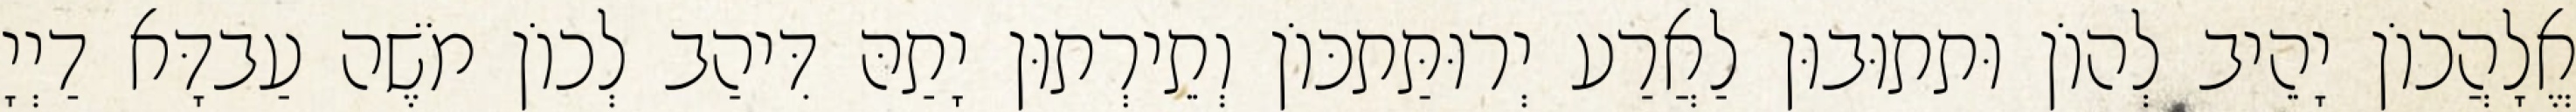
אֱלָהֲכוֹן יָהֵיב לְהוֹן וּתתוּבוּן לַאֲרַע יְרוּתַּתכּוֹן וְתֵירְתוּן יָתַהּ דִּיהַב לְכוֹן מֹשֶׁה עַבדָּא דַיְיָ